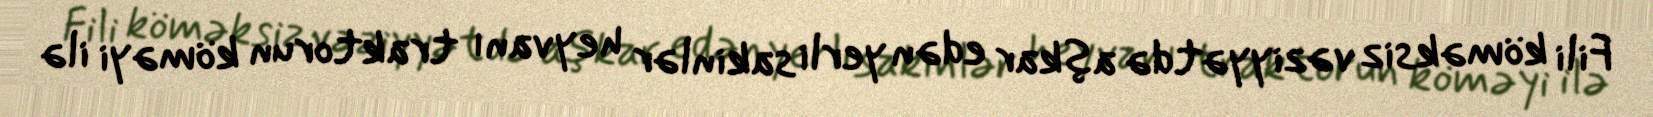
Fili köməksiz vəziyyətdə aşkar edən yerli sakinlər heyvanı traktorun köməyi ilə